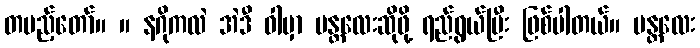
တပည့်တော်။ ။ နဂိုကလဲ အဲဒီ ဝါမှာ မန္တလေးဆိုဖို့ ရည်ရွယ်ပြီး ဖြစ်ပါတယ်။ မန္တလေး